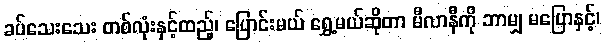
ခပ်သေးသေး တစ်လုံးနှင့်ထည့်၊ ပြောင်းမယ် ရွှေ့မယ်ဆိုတာ မီလာနီကို ဘာမျှ မပြောနှင့်၊